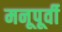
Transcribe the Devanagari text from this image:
मनूपूर्वी